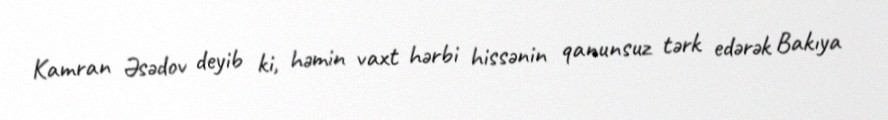
Kamran Əsədov deyib ki, həmin vaxt hərbi hissənin qanunsuz tərk edərək Bakıya